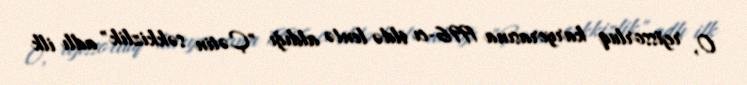
O, rejissorluq karyerasına 1996-cı ildə lentə aldığı "Çətin səkkizlik" adlı ilk